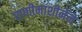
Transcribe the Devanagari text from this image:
राणीमाशीनेने